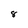
Character: 8